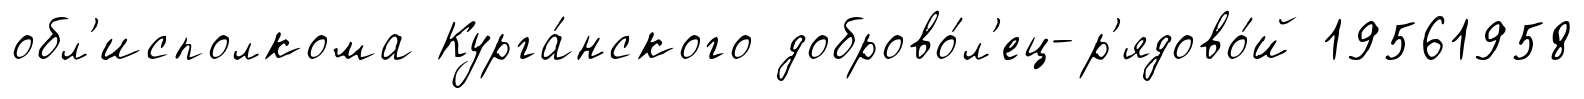
обл'исполкома Курга́нского доброво́л'ец-р'ядово́й 19561958